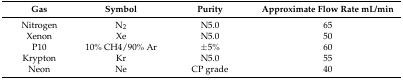
<table><thead><tr><td><b>Gas</b></td><td><b>Symbol</b></td><td><b>Purity</b></td><td><b>Approximate Flow Rate mL/min</b></td></tr></thead><tbody><tr><td>Nitrogen</td><td>N<sub>2</sub></td><td>N5.0</td><td>65</td></tr><tr><td>Xenon</td><td>Xe</td><td>N5.0</td><td>50</td></tr><tr><td>P10</td><td>10% CH4/90% Ar</td><td>±5%</td><td>60</td></tr><tr><td>Krypton</td><td>Kr</td><td>N5.0</td><td>55</td></tr><tr><td>Neon</td><td>Ne</td><td>CP grade</td><td>40</td></tr></tbody></table>